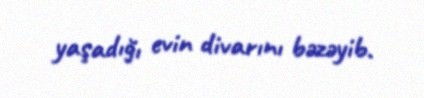
yaşadığı evin divarını bəzəyib.